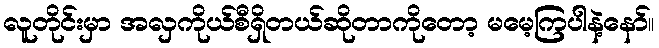
လူတိုင်းမှာ အလှကိုယ်စီရှိတယ်ဆိုတာကိုတော့ မမေ့ကြပါနဲ့နော်။